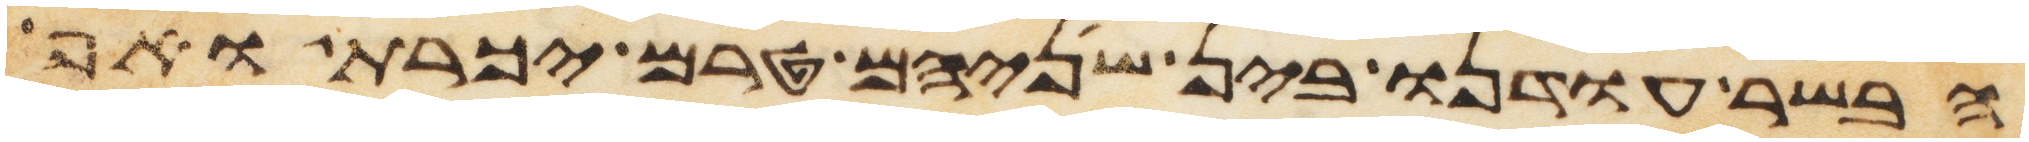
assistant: הבשר עודנו בין שניהם טרם יכרת ואף